Vital statistics of India. Vol. IV, Annual returns from 1871 to 1876. British Army of India, Native Army and jails of Bengal
Year: 1871
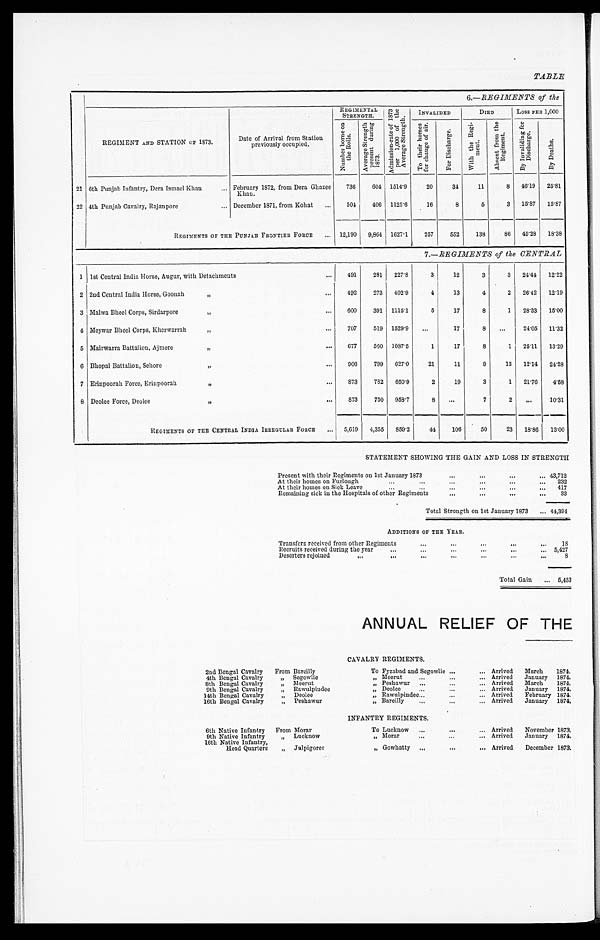
TABLE
6.—REGIMENTS of the
REGIMENT AND STATION OF 1873.
Date of Arrival from Station
previously occupied.
REGIMENTAL
STRENGTH.
A d m i s s i o n - r a t e o f 1 8 7 3 p e r 1 , 0 0 0 o f t h e A v e r a g e S t r e n g t h .
INVALIDED
DIED
Loss PER 1,000
N u m b e r b o r n e o n t h e R o l l s .
A v e r a g e S t r e n g t h p r e s e n t d u r i n g 1 8 7 3 .
T o t h e i r h o m e s f o r c h a n g e o f a i r .
F o r D i s c h a r g e .
W i t h t h e R e g i - m e n t .
A b s e n t f r o m t h e R e g i m e n t .
B y I n v a l i d i n g f o r D i s c h a r g e .
By Deat hs.
21 6th Punjab Infantry, Dera Ismael Khan . . . February 1872, from Dera Ghazee
Khan.
736
604 1514.9
20
34
11
8
46.19
25.81
22 4th Punjab Cavalry, Rajanpore . . . December 1871, from Kohat . . .
504
406 1125.6
16
8
5
3
15.87
15.87
REGIMENTS OF THE PUNJAB FRONTIER FORCE . . .
12,190 9,864 1627.1
257
552
138
86
45.28
18.38
7.—REGIMENTS of the CENTRAL
1 1st Central India Horse, Augur, with Detachments . . .
491
281
227.8
3
12
3
3
24.44 12.22
2 2nd Central India Horse, Goonah " . . .
492
273
402.9
4
13
4
2
26.42
12.19
3 Malwa Bheel Corps, Sirdarpore " . . .
600
391 1115.1
5
17
8
1 28.33 15.00
4 Meywar Bheel Corps, Kherwarrah " . . .
707
519 1529.9
. . .
17
8
. . .
24.05
11.32
5 Mairwarra Battalion, Ajmere " . . .
677
560 1087.5
1
17
8
1 25.11 13.29
6 Bhopal Battalion, Sehore " . . .
906
799
627.0
21
11
9
13
12.14
24.28
7 Erinpoorah Force, Erinpoorah " . . .
873
782
650.9
2
19
3
1 21.76
4.58
8 Deolee Force, Deolee " . . .
873
750
958.7
8
. . .
7
2
. . .
10.31
REGIMENTS OF THE CENTRAL INDIA IRREGULAR FORCE . . .
5,619
4,355
859.2
44
106
50
23
18.86
13.00
STATEMENT SHOWING THE GAIN AND LOSS IN STRENGTH
Present with their Regiments on 1st January 1873 . . .
43,712
At their homes on Furlough . . .
232
At their homes on Sick Leave . . .
417
Remaining sick in the Hospitals of other Regiments . . .
33
T o t a l S t r e n g t h o n l s t J a n u a r y 1 8 7 3 . . .
44,394
ADDITIONS OF THE YEAR.
Transfers received from other Regiments . . .
18
Recruits received during the year . . .
5,427
Deserters rejoined . . .
8
Total Gain . . . 5,453
ANNUAL RELIEF OF THE
CAVALRY REGIMENTS.
2nd Bengal Cavalry From Bareilly
To Fyzabad and Segowlie . . .
Arrived
March
1874.
4th Bengal Cavalry
" Segowlie
" Meerut . . .
Arrived
January 1874.
8th Bengal Cavalry
" Meerut
" Peshawur . . .
Arrived
March
1874.
9th Bengal Cavalry
" Rawulpiudee
" Deolee . . .
Arrived
January 1874.
14th Bengal Cavalry
" Deolee
" R a w u l p i n d e e . . .
Arrived
February 1874.
16th Bengal Cavalry
" Peshawur
" Bareilly . . .
Arrived
January 1874.
INFANTRY REGIMENTS.
6th Native Infantry
From Morar
To Lucknow . . . Arrived November 1873.
9th Native Infantry
" Lucknow
" Morar . . . Arrived
January 1874.
16th Native Infantry,
Head Quarters
" Julpigoree
" Gowhatty . . . Arrived
December 1873.